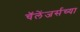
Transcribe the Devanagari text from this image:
चॅलेंजर्सच्या